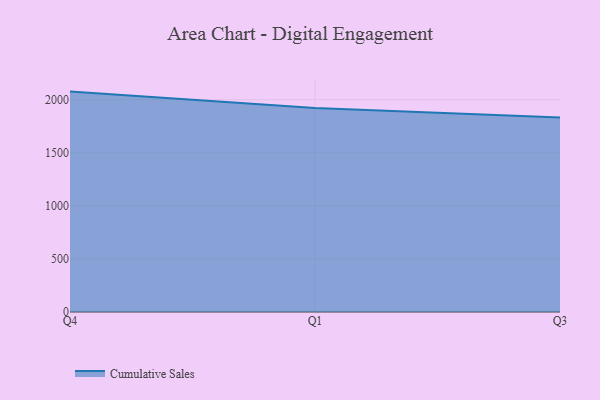
{"axis": {"x": "Quarter", "y": "Satisfaction Score"}, "legend": ["Cumulative Sales"], "data": [{"x": "Q4", "y": 2076.2, "type": "Cumulative Sales"}, {"x": "Q1", "y": 1922.4, "type": "Cumulative Sales"}, {"x": "Q3", "y": 1832.3, "type": "Cumulative Sales"}]}